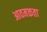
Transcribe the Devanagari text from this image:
आवमकता